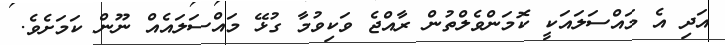
އަދި އެ މައްސަލައަކީ ކޮމަންވެލްތުން ރާއްޖެ ވަކިވުމާ ގުޅޭ މައްސަލައެއް ނޫން ކަމަށެވެ.